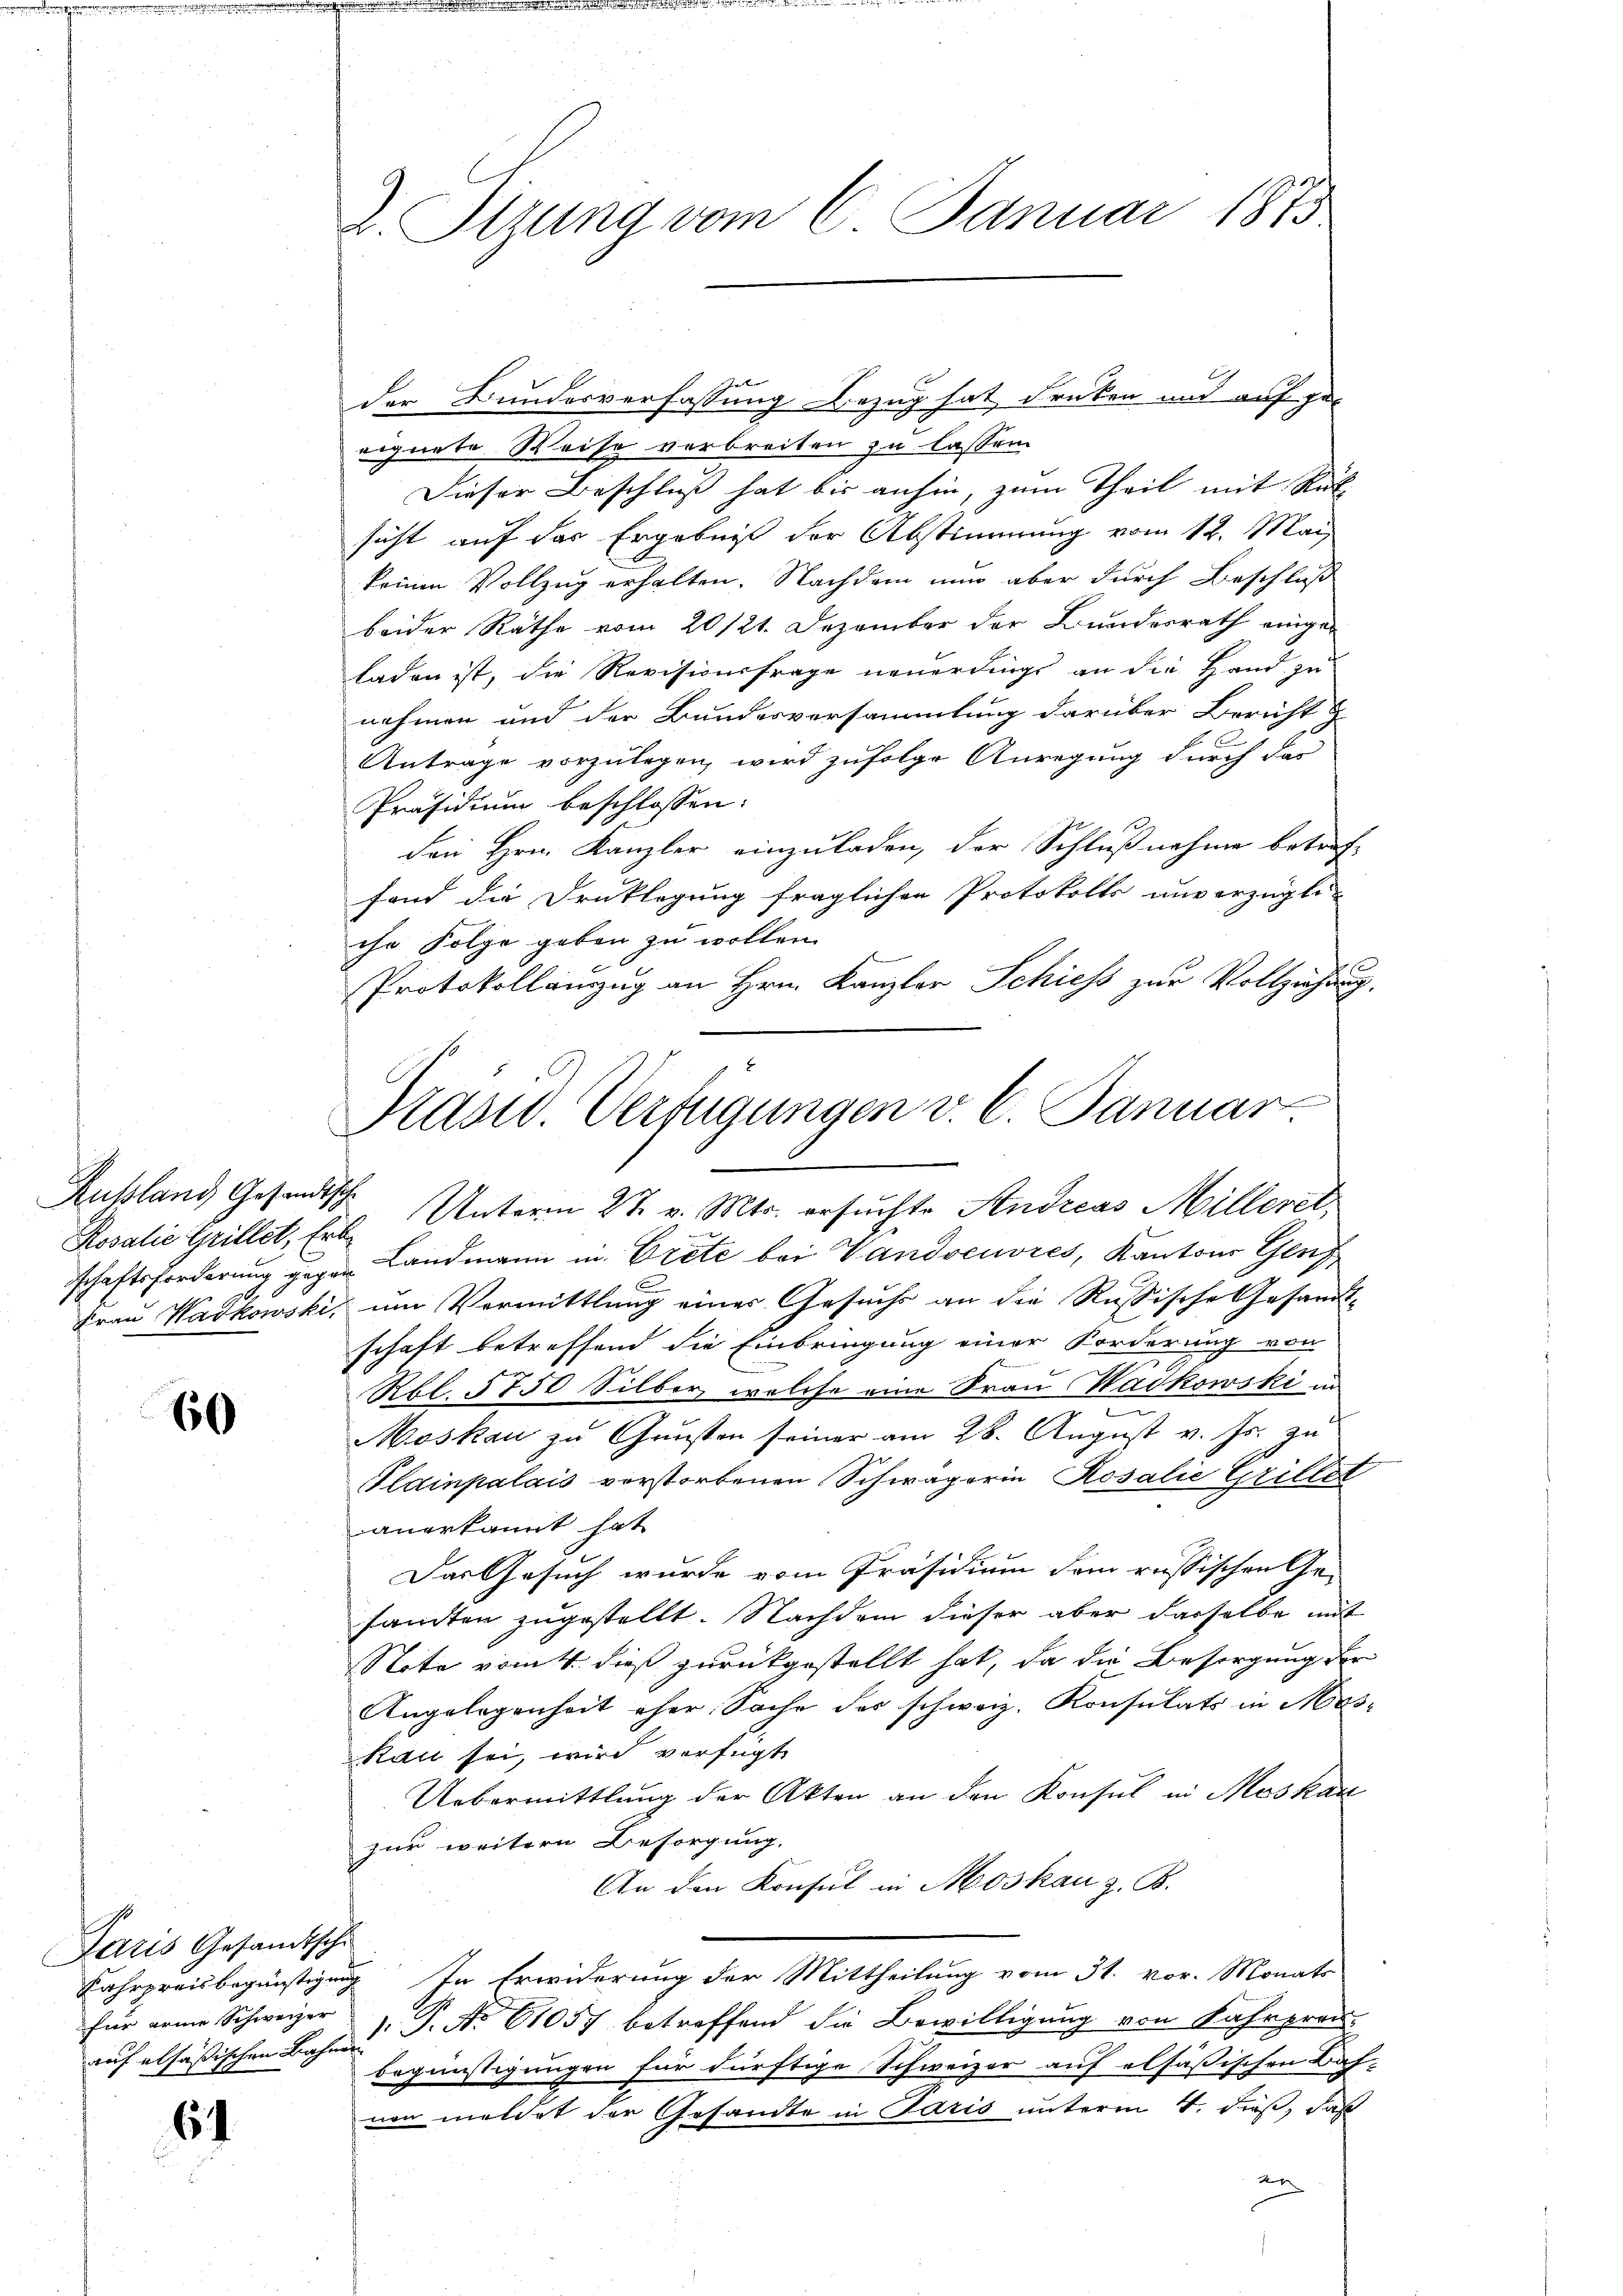
Russland Gesandtsche
Rosalie Grillet, Erbe

60

E
Ictris Gesandtsche
rach elsassischen Bahnen

61

D. Pirung vom 6. Januar 1875

eignete Weise verbreiten zu lassen
Dieser Beschluß hat bis anhin, zum Theil mit Rück
sicht auf das Ergebniß der Abstimmung vom 12. Mai
keinen Vollzug erhalten. Nachdem nun aber durch Beschluß
beider Räthe vom 20/21. Dezember der Bundesrath einge-
laden ist, die Revisionsfrage neuerdings an die Hand zu
nehmen und der Bundesversammlung darüber Bericht
Antrage vorzulegen, wird zufolge Anregung durch dar
Präsidium beschlossen:
den Hrn. Kanzler einzuladen, der Schlußnahme betreffand die Drucklegung fraglichen Protokolls unverzügli
chr Folge geben zu wollen.
Protokollanzug an Hrn. Kanzler Schiess zur Vollziehung
schaftsforderung gegen Landmann in Grete bei Vandoeuvres, Kantons Genf
Frau Wadkowski, um Vormittlung einer Gesuchs an die Russische Gesandt-
schaft betreffend die Einbringung einer Forderung von
Rbl. 5750 Silber welche eine Frau Wadkowski in
n
Moskau zu Gunsten seiner am 28. August v. Js. zu
Plainpalais verstorbenen Schwägerin Rosalie Griller
anerkannt hat
Das Gesuch wurde vom Präsidium dem russischen Ge-
santen zugestellt. Nachdem dieser aber dasselbe mit
Note vom 4. dieß zurückgestellt hat, da die Besorgung der
Angelegenheit eher Sache des schweiz. Konsulats in Me
Rau sei, wird verfügt
Uebermittlung der Akten an den Konsul in Moskau
zur weitern Besorgung.
An den Konsul in Moskau z. B.
Fahrpreisbegünstigung In Erwiderung der Mittheilung vom 31. vor. Monats
für arme Schweizer 1. P. No 61057 betreffend die Bewilligŭng von Fahrprau-
begünstigungen für dürftige Schweizer auf elsäßischen Bah
non meldet der Gesandte in Paris unterm 4. dieß, daß
an

der Bundesverfassung Bezug hat drüken und auf ge¬

Prasid. Verfügungen v. 6. Januar
Unterm 27. v. Mts. ersuchte Andreas Milleret,